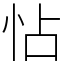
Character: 怗